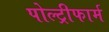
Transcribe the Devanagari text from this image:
पोल्ट्रीफार्म